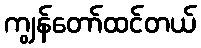
ကျွန်တော်ထင်တယ်